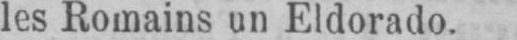
les Romains un Eldorado.